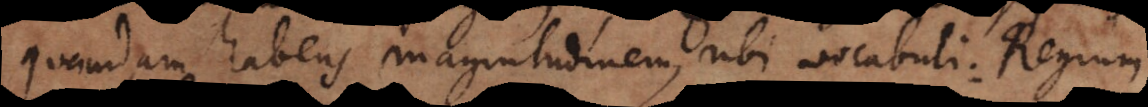
quandam habens magnitudinem, ubi vocabuli: Regium